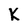
Character: k